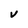
Character: V